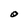
Character: O